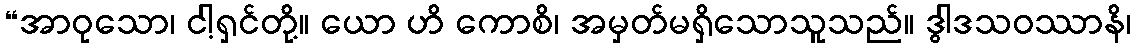
“အာဝုသော၊ ငါ့ရှင်တို့။ ယော ဟိ ကောစိ၊ အမှတ်မရှိသောသူသည်။ ဒွါဒသဝဿာနိ၊